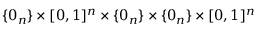
\{ 0 _ { n } \} \times [ 0 , 1 ] ^ { n } \times \{ 0 _ { n } \} \times \{ 0 _ { n } \} \times [ 0 , 1 ] ^ { n }